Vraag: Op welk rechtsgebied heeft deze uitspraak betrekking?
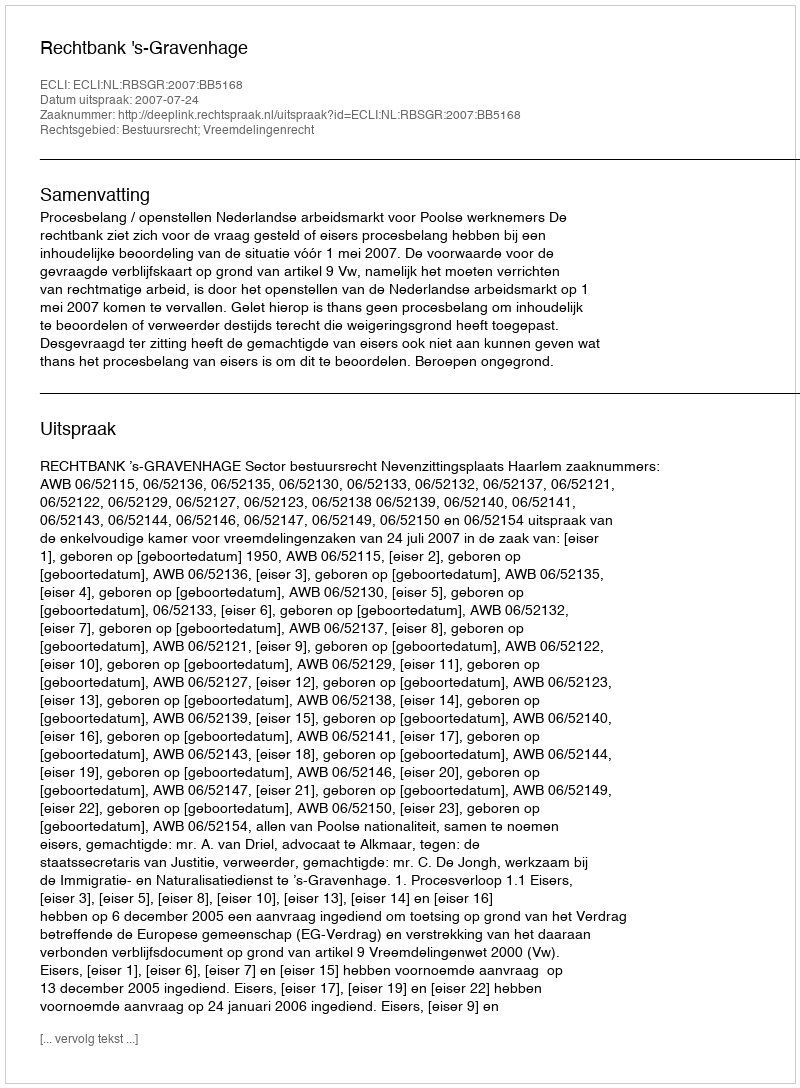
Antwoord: Bestuursrecht; Vreemdelingenrecht